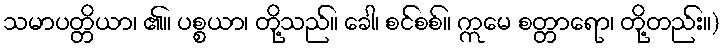
သမာပတ္တိယာ၊ ၏။ ပစ္စယာ၊ တို့သည်။ ခေါ၊ စင်စစ်။ ဣမေ စတ္တာရော၊ တို့တည်း။)